Indian journal of veterinary science and animal husbandry - Volumes 22-23, 1952-1953
Year: 1952
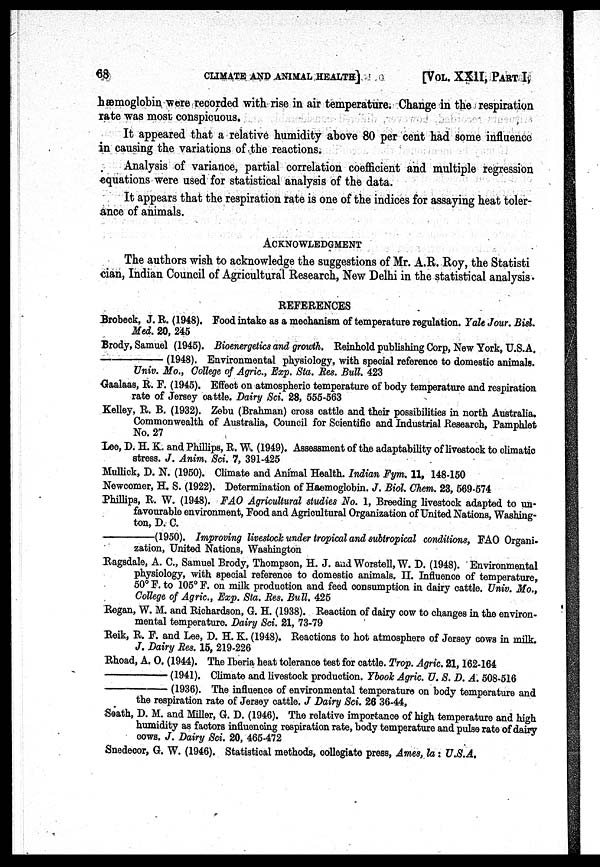
68
CLIMATE AND ANIMAL HEALTH]
[VOL. XXII, PART I,
hæmoglobin were recorded with rise in air temperature. Change in the respiration
rate was most conspicuous.
It appeared that a relative humidity above 80 per cent had some influence
in causing the variations of the reactions.
Analysis of variance, partial correlation coefficient and multiple regression
equations were used for statistical analysis of the data.
It appears that the respiration rate is one of the indices for assaying heat toler-
ance of animals.
ACKNOWLEDGMENT
The authors wish to acknowledge the suggestions of Mr. A.R. Roy, the Statisti
cian, Indian Council of Agricultural Research, New Delhi in the statistical analysis.
REFERENCES
Brobeck, J. R. (1948). Food intake as a mechanism of temperature regulation. Yale Jour. Bisl.
Med. 20, 245
Brody, Samuel (1945). Bioenergetics and growth. Reinhold publishing Corp, New York, U.S.A.
——(1948).
Environmental physiology, with special reference to domestic animals.
Univ. Mo., College of Agric., Exp. Sta. Res. Bull. 423
Gaalaas, R. F. (1945). Effect on atmospheric temperature of body temperature and respiration
rate of Jersey cattle. Dairy Sci. 28, 555-563
Kelley, R. B. (1932). Zebu (Brahman) cross cattle and their possibilities in north Australia.
Commonwealth of Australia, Council for Scientific and Industrial Research, Pamphlet
No. 27
Lee, D. H. K. and Phillips, R. W. (1949). Assessment of the adaptability of livestock to climatic
stress. J. Anim. Sci. 7, 391-425
Mullick, D. N. (1950). Climate and Animal Health. Indian Fym. 11, 148-150
Newcomer, H. S. (1922). Determination of Haemoglobin. J. Biol. Chem. 23, 569-574
Phillips, R. W. (1948). FAO Agricultural studies No. 1, Breeding livestock adapted to un-
favourable environment, Food and Agricultural Organization of United Nations, Washing-
ton, D. C.
——(1950).
Improving livestock under tropical and subtropical conditions, FAO Organi-
zation, United Nations, Washington
Ragsdale, A. C., Samuel Brody, Thompson, H. J. and Worstell, W. D. (1948). Environmental
physiology, with special reference to domestic animals. II. Influence of temperature,
50° F. to 105° F. on milk production and feed consumption in dairy cattle. Univ. Mo.,
College of Agric., Exp. Sta. Res. Bull. 425
Regan, W. M. and Richardson, G. H. (1938). Reaction of dairy cow to changes in the environ-
mental temperature. Dairy Sci. 21, 73-79
Reik, R. F. and Lee, D. H. K. (1948). Reactions to hot atmosphere of Jersey cows in milk.
J. Dairy Res. 15, 219-226
Rhoad, A. O. (1944). The Iberia heat tolerance test for cattle. Trop. Agric. 21, 162-164
——(1941).
Climate and livestock production. Ybook Agric. U. S. D. A. 508-516
——(1936).
The influence of environmental temperature on body temperature and
the respiration rate of Jersey cattle. J Dairy Sci. 26 36-44,
Seath, D. M. and Miller, G. D. (1946). The relative importance of high temperature and high
humidity as factors influencing respiration rate, body temperature and pulse rate of dairy
cows. J. Dairy Sci. 20, 465-472
Snedecor, G. W. (1946). Statistical methods, collegiate press, Ames, la: U.S.A.